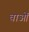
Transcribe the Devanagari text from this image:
वाओं